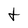
Character: t